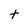
Character: t